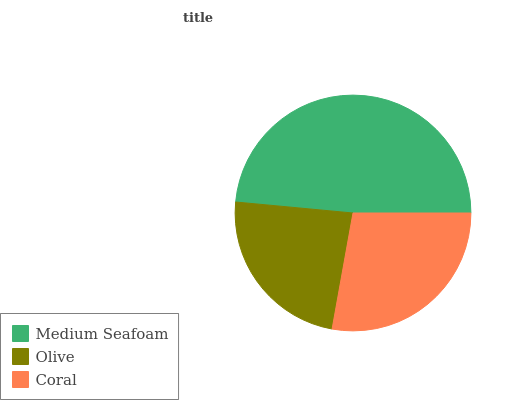
| Medium Seafoam | Olive | Coral |
 | --- | --- | --- |
 | 48.5% | 23.7% | 27.8% |